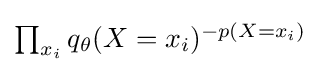
{\textstyle \prod _{x_{i}}q_{\theta }(X=x_{i})^{-p(X=x_{i})}}